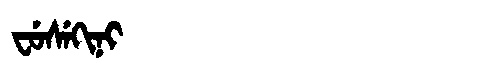
Manchu: ᠸᡠᠰᡝᡴᡳᠨᡳ
Romanization: FUSEKINI